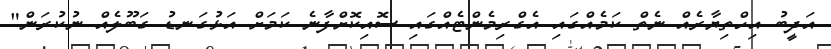
އަދީބު އިހްތިޔާރެއް ނެތް ކަމެއްގައި އެގްރިމެންޓެއްގައި ސޮއިކޮށްފާނެ ކަމަށް އަޅުގަނޑު ގަބޫލެއް ނުކުރަން"